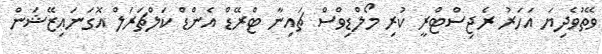
ވޭތުވެދިޔަ އަހަރު ރެޖިސްޓްރީ ކުރި މޯލްޑިވްސް ޗައިނާ ޓްރޭޑް އެންޑް ކަލްޗަރަލް އޮގަނައިޒޭޝަން